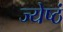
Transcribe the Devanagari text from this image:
ज्येष्ठं